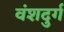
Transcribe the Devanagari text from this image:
वंशदुर्ग